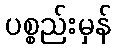
ပစ္စည်းမှန်